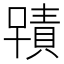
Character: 𭋂